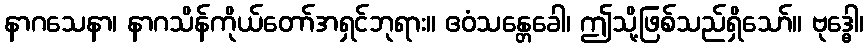
နာဂသေနာ၊ နာဂသိန်ကိုယ်တော်အရှင်ဘုရား။ ဧဝံသန္တေခေါ၊ ဤသို့ဖြစ်သည်ရှိသော်။ ဗုဒ္ဓေါ၊